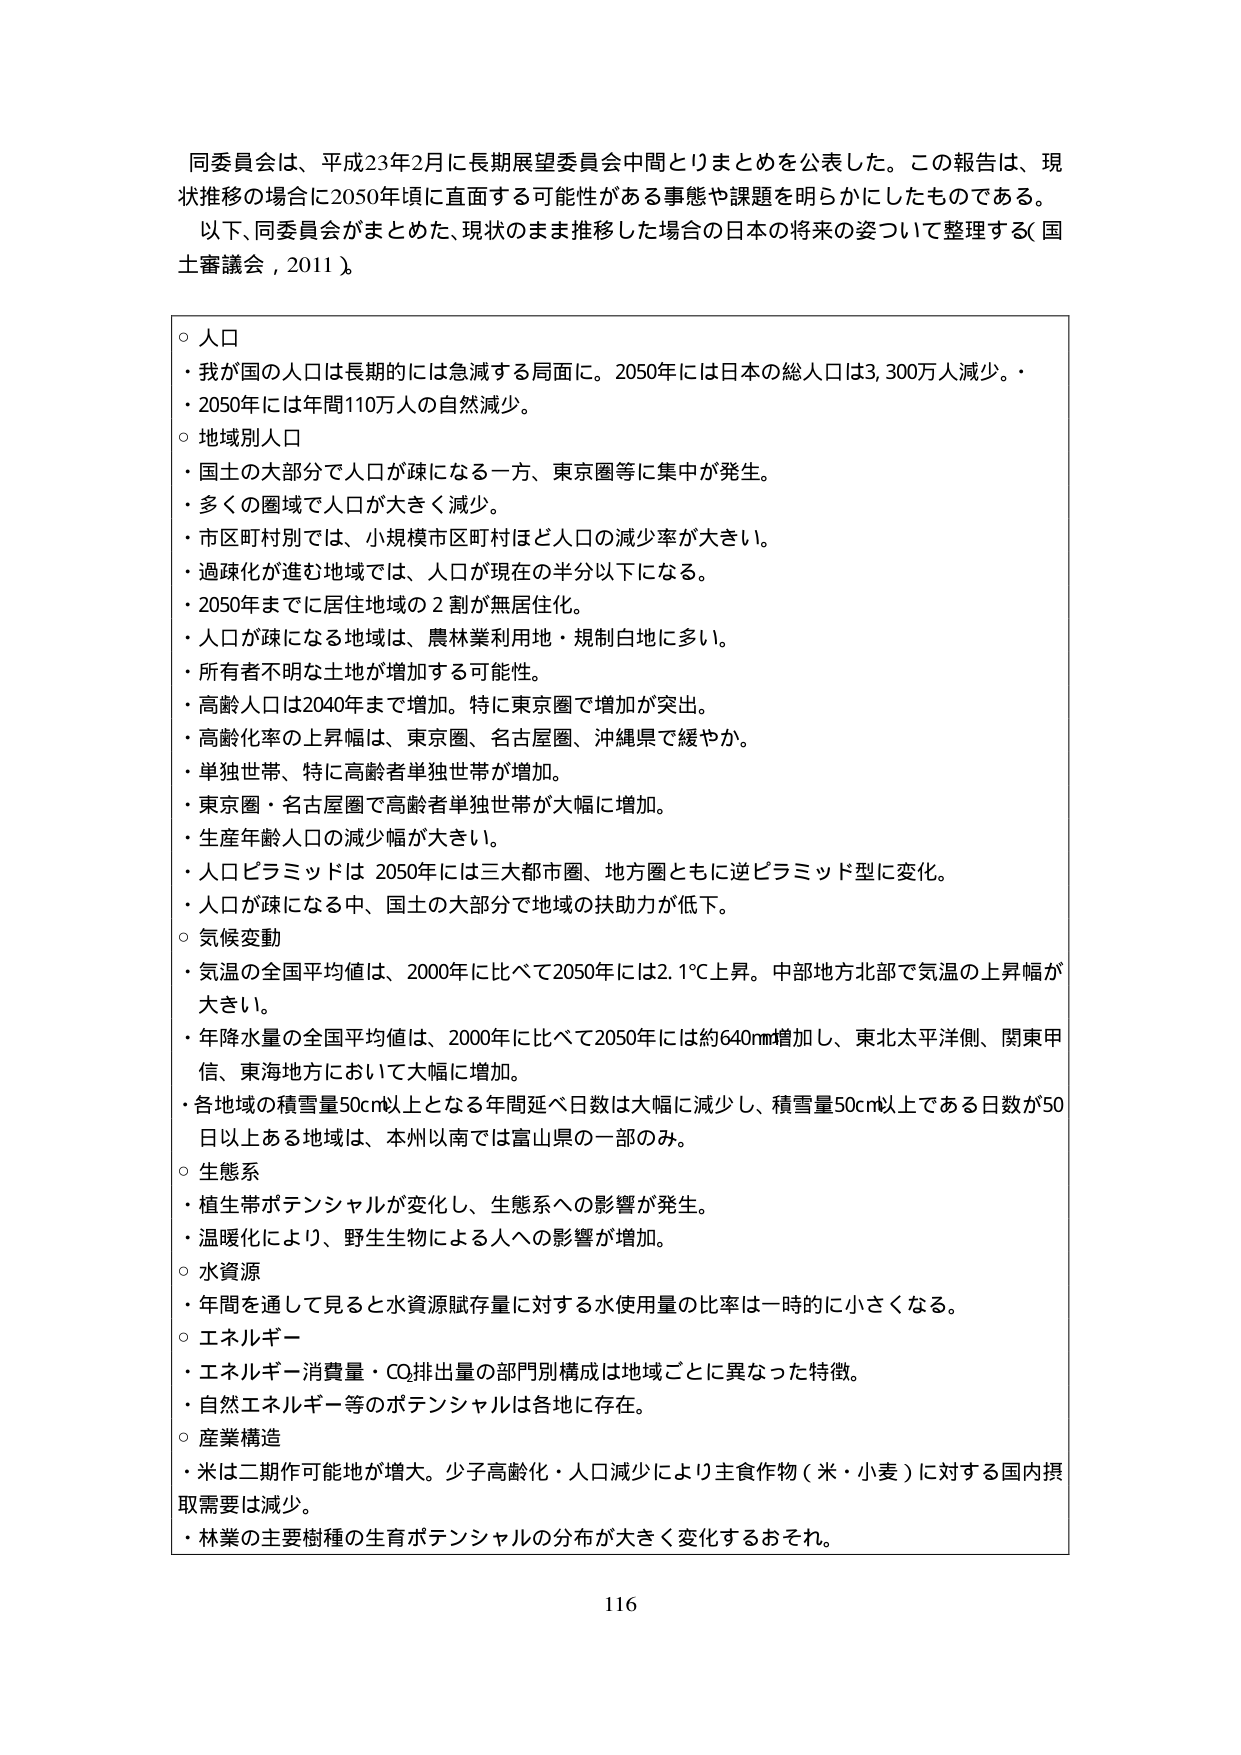
同委員会は、平成23年2月に長期展望委員会中間とりまとめを公表した。この報告は、現状推移の場合に2050年頃に直面する可能性がある事態や課題を明らかにしたものである。以下、同委員会がまとめた、現状のまま推移した場合の日本の将来の姿ついて整理する（国土審議会，2011）。

○ 人口
・我が国の人口は長期的には急減する局面に。2050年には日本の総人口は3,300万人減少。
・2050年には年間110万人の自然減少。

○ 地域別人口
・国土の大部分で人口が疎になる一方、東京圏等に集中が発生。
・多くの圏域で人口が大きく減少。
・市区町村別では、小規模市区町村ほど人口の減少率が大きい。
・過疎化が進む地域では、人口が現在の半分以下になる。
・2050年までに居住地域の2割が無居住化。
・人口が疎になる地域は、農林業利用地・規制白地に多い。
・所有者不明な土地が増加する可能性。
・高齢人口は2040年までに増加。特に東京圏で増加が突出。
・高齢化率の上昇幅は、東京圏、名古屋圏、沖縄県で緩やか。
・単独世帯、特に高齢者単独世帯が増加。
・東京圏・名古屋圏で高齢者単独世帯が大幅に増加。
・生産年齢人口の減少幅が大きい。
・人口ピラミッドは2050年には三大都市圏、地方圏ともに逆ピラミッド型に変化。
・人口が疎になる中、国土の大部分で地域の扶助力が低下。

○ 気候変動
・気温の全国平均値は、2000年に比べて2050年には2.1℃上昇。中部地方北部で気温の上昇幅が大きい。
・年降水量の全国平均値は、2000年に比べて2050年には約640mm増加し、東北太平洋側、関東甲信、東海地方において大幅に増加。
・各地域の積雪量50cm以上となる年間延べ日数は大幅に減少し、積雪量50cm以上である日数が50日以上ある地域は、本州以南では富山県の一部のみ。

○ 生態系
・植生帯ポテンシャルが変化し、生態系への影響が発生。
・温暖化により、野生生物による人への影響が増加。

○ 水資源
・年間を通じて見ると水資源賦存量に対する水使用量の比率は一時的に小さくなる。

○ エネルギー
・エネルギー消費量・CO₂排出量の部門別構成は地域ごとに異なった特徴。
・自然エネルギー等のポテンシャルは各地に存在。

○ 産業構造
・米は二期作可能地が増大。少子高齢化・人口減少により主食作物（米・小麦）に対する国内摂取需要は減少。
・林業の主要樹種の生育ポテンシャルの分布が大きく変化するおそれ。

116